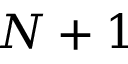
N + 1